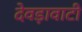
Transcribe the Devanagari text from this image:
देवड़ावाटी